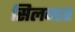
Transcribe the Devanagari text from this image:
सिलन्डर